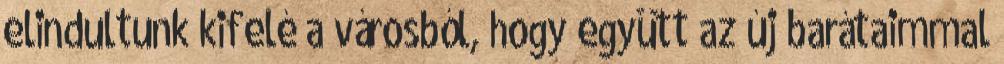
elindultunk kifelé a városból, hogy együtt az új barátaimmal